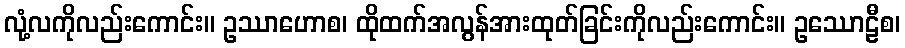
လုံ့လကိုလည်းကောင်း။ ဥဿာဟောစ၊ ထိုထက်အလွန်အားထုတ်ခြင်းကိုလည်းကောင်း။ ဥဿောဠီစ၊